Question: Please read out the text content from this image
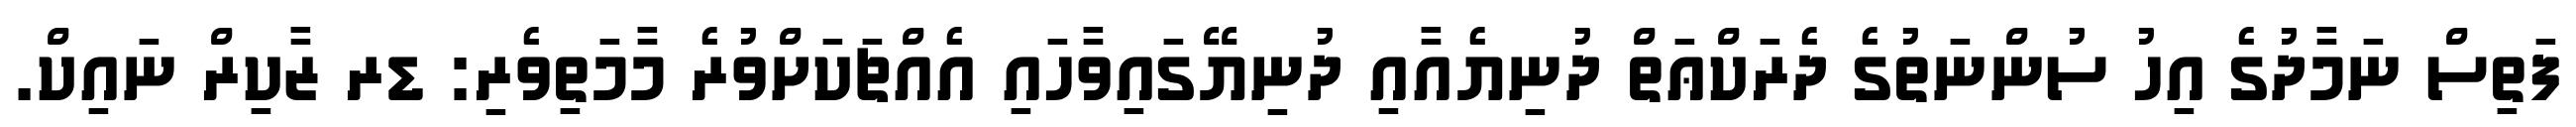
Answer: ފަތިސް ނަމާދުގެ އިހު ސުންނަތުގެ ދެރަކްޢަތް ދުނިޔެއާއި ދުނިޔޭގައިވާހައި އެއްޗަކަށްވުރެ މާމަތިވެރި: ޑރ ޒާކިރް ނައިކް.